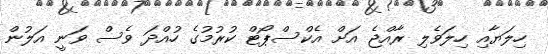
ހިލަޔާއި ހިލަވެލި ރާއްޖެ އަށް އެކްސްޕޯޓް ކުރުމުގެ ހުއްދަ ވެސް ވަނީ އަލުން